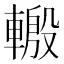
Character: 𨍪